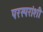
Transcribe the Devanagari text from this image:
परस्‍परांशी